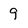
Character: 9